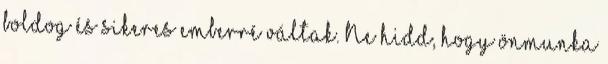
boldog és sikeres emberré váltak. Ne hidd, hogy önmunka